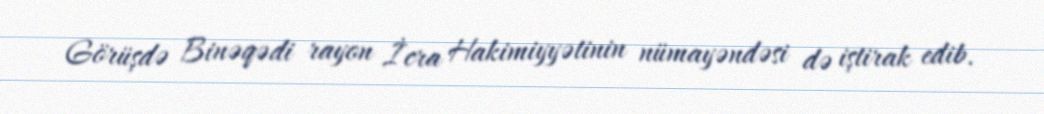
Görüşdə Binəqədi rayon İcra Hakimiyyətinin nümayəndəsi də iştirak edib.